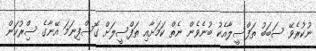
ނުކުރެވޭ ސަބަބު ތަފްސީލާއެކު ބުނެވެން ނެތް ކަމަށާއި ތަފްސީލަށް ގޮސްފިނަމަ އޭނާގެ ސިްރުކަން